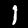
Digit: 1